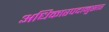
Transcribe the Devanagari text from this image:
अधिकारपदानुसार